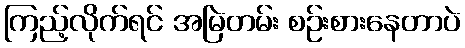
ကြည့်လိုက်ရင် အမြဲတမ်း စဉ်းစားနေတာပဲ